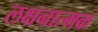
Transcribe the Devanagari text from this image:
लक्षनात्मक